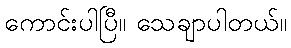
ကောင်းပါပြီ။ သေချာပါတယ်။